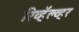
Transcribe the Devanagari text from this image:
रिव्हॅल्व्हर